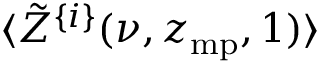
\langle \tilde { Z } ^ { \{ i \} } ( \nu , z _ { \mathrm { m p } } , 1 ) \rangle